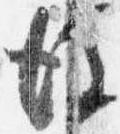
彼